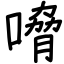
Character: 嗋